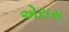
એરાસ